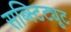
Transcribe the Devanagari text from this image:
सब्स्टिट्यूट